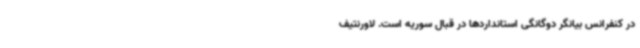
در کنفرانس بیانگر دوگانگی استانداردها در قبال سوریه است. لاورنتیف